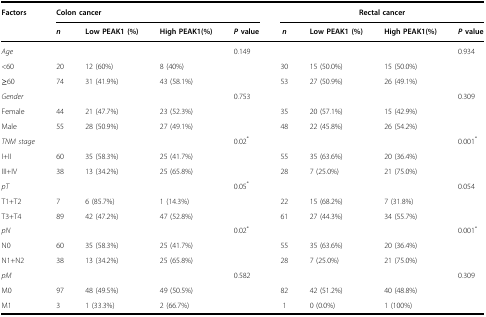
<table><thead><tr><td rowspan="2"><b>Factors</b></td><td colspan="4"><b>Colon cancer</b></td><td colspan="4"><b>Rectal cancer</b></td></tr><tr><td><b><i>n</i></b></td><td><b>Low PEAK1 (%)</b></td><td><b>High PEAK1(%)</b></td><td><b><i>P</i> value</b></td><td><b><i>n</i></b></td><td><b>Low PEAK1 (%)</b></td><td><b>High PEAK1(%)</b></td><td><b><i>P</i> value</b></td></tr></thead><tbody><tr><td><i>Age</i></td><td></td><td></td><td></td><td>0.149</td><td></td><td></td><td></td><td>0.934</td></tr><tr><td>&lt;60</td><td>20</td><td>12 (60%)</td><td>8 (40%)</td><td></td><td>30</td><td>15 (50.0%)</td><td>15 (50.0%)</td><td></td></tr><tr><td>≥60</td><td>74</td><td>31 (41.9%)</td><td>43 (58.1%)</td><td></td><td>53</td><td>27 (50.9%)</td><td>26 (49.1%)</td><td></td></tr><tr><td><i>Gender</i></td><td></td><td></td><td></td><td>0.753</td><td></td><td></td><td></td><td>0.309</td></tr><tr><td>Female</td><td>44</td><td>21 (47.7%)</td><td>23 (52.3%)</td><td></td><td>35</td><td>20 (57.1%)</td><td>15 (42.9%)</td><td></td></tr><tr><td>Male</td><td>55</td><td>28 (50.9%)</td><td>27 (49.1%)</td><td></td><td>48</td><td>22 (45.8%)</td><td>26 (54.2%)</td><td></td></tr><tr><td><i>TNM stage</i></td><td></td><td></td><td></td><td>0.02<sup>*</sup></td><td></td><td></td><td></td><td>0.001<sup>*</sup></td></tr><tr><td>I+II</td><td>60</td><td>35 (58.3%)</td><td>25 (41.7%)</td><td></td><td>55</td><td>35 (63.6%)</td><td>20 (36.4%)</td><td></td></tr><tr><td>III+IV</td><td>38</td><td>13 (34.2%)</td><td>25 (65.8%)</td><td></td><td>28</td><td>7 (25.0%)</td><td>21 (75.0%)</td><td></td></tr><tr><td><i>pT</i></td><td></td><td></td><td></td><td>0.05<sup>*</sup></td><td></td><td></td><td></td><td>0.054</td></tr><tr><td>T1+T2</td><td>7</td><td>6 (85.7%)</td><td>1 (14.3%)</td><td></td><td>22</td><td>15 (68.2%)</td><td>7 (31.8%)</td><td></td></tr><tr><td>T3+T4</td><td>89</td><td>42 (47.2%)</td><td>47 (52.8%)</td><td></td><td>61</td><td>27 (44.3%)</td><td>34 (55.7%)</td><td></td></tr><tr><td><i>pN</i></td><td></td><td></td><td></td><td>0.02<sup>*</sup></td><td></td><td></td><td></td><td>0.001<sup>*</sup></td></tr><tr><td>N0</td><td>60</td><td>35 (58.3%)</td><td>25 (41.7%)</td><td></td><td>55</td><td>35 (63.6%)</td><td>20 (36.4%)</td><td></td></tr><tr><td>N1+N2</td><td>38</td><td>13 (34.2%)</td><td>25 (65.8%)</td><td></td><td>28</td><td>7 (25.0%)</td><td>21 (75.0%)</td><td></td></tr><tr><td><i>pM</i></td><td></td><td></td><td></td><td>0.582</td><td></td><td></td><td></td><td>0.309</td></tr><tr><td>M0</td><td>97</td><td>48 (49.5%)</td><td>49 (50.5%)</td><td></td><td>82</td><td>42 (51.2%)</td><td>40 (48.8%)</td><td></td></tr><tr><td>M1</td><td>3</td><td>1 (33.3%)</td><td>2 (66.7%)</td><td></td><td>1</td><td>0 (0.0%)</td><td>1 (100%)</td><td></td></tr></tbody></table>